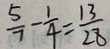
\frac { 5 } { 7 } - \frac { 1 } { 4 } = \frac { 1 3 } { 2 8 }